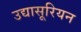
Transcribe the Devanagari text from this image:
उद्यासूरियन